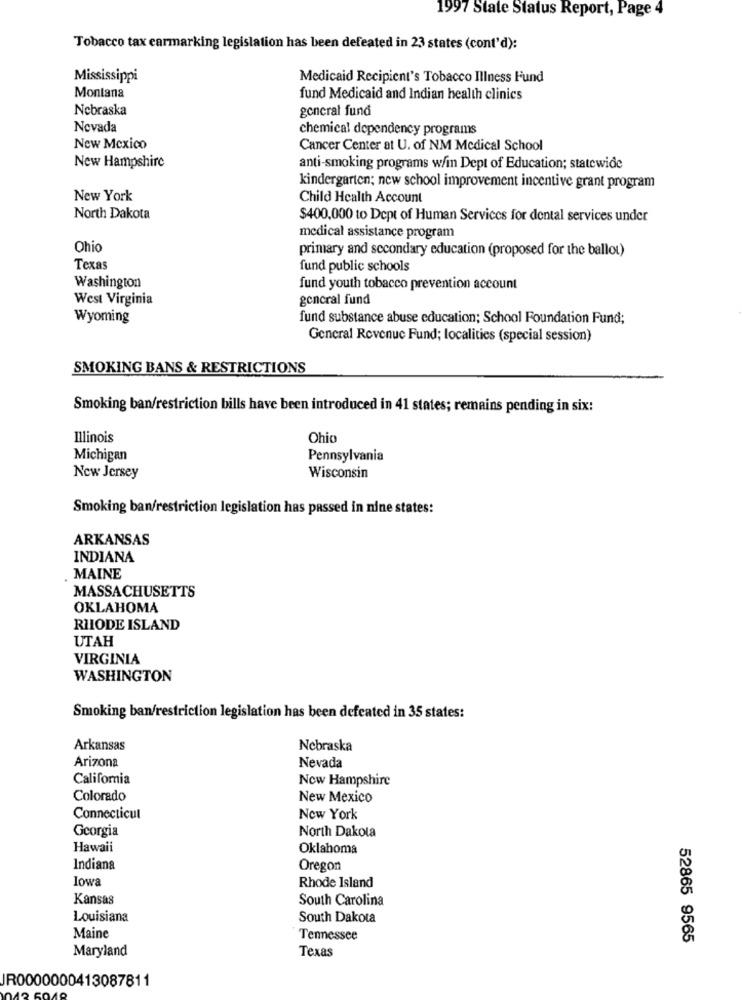
1997 State Status Report, Page 4
Tobacco tax earmarking legislation has been defeated in 23 states (cont'd):
Mississippi
Medicaid Recipient's Tobacco Illness Fund
Montana
fund Medicaid and Indian health clinics
Nebraska
general fund
Nevada
chemical dependency programs
New Mexico
Cancer Center at U. of NM Medical School
New Hampshire
anti-smoking programs w/in Dept of Education; statewide
kindergarten; new school improvement incentive grant program
New York
Child Health Account
North Dakota
$400,000 to Dept of Human Services for dental services under
medical assistance program
Ohio
primary and secondary education (proposed for the ballot)
Texas
fund public schools
Washington
fund youth tobacco prevention account
West Virginia
general fund
Wyoming
fund substance abuse education; School Foundation Fund;
General Revenue Fund; localities (special session)
SMOKING BANS & RESTRICTIONS
Smoking ban/restriction bills have been introduced in 41 states; remains pending in six:
Illinois
Ohio
Michigan
Pennsylvania
New Jersey
Wisconsin
Smoking ban/restriction legislation has passed in nine states:
ARKANSAS
INDIANA
MAINE
MASSACHUSETTS
OKLAHOMA
RHODE ISLAND
UTAH
VIRGINIA
WASHINGTON
Smoking ban/restriction legislation has been defeated in 35 states:
Arkansas
Nebraska
Arizona
Nevada
California
New Hampshire
Colorado
New Mexico
Connecticut
New York
Georgia
North Dakota
Hawaii
Oklahoma
Indiana
Oregon
Iowa
Rhode Island
Kansas
South Carolina
Louisiana
South Dakota
Maine
Tennessee
52865 9565
Maryland
Texas
R0000000413087811